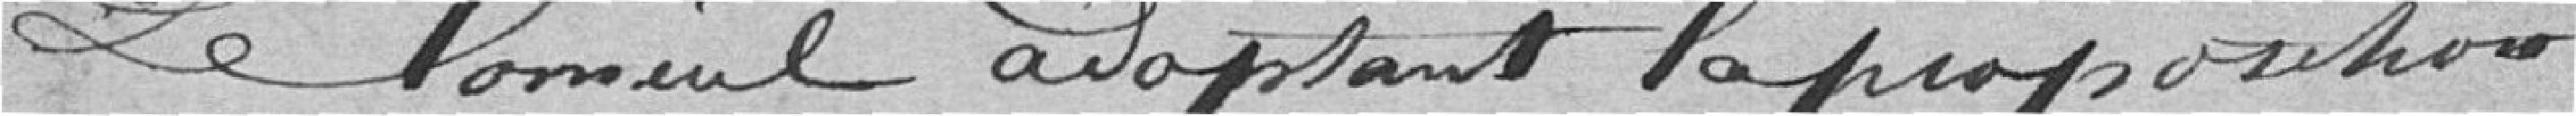
Le Conseil adoptant la proposition